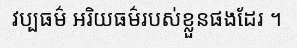
វប្បធម៌ អរិយធម៌របស់ខ្លួនផងដែរ ។